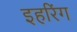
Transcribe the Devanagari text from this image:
इहरिंग